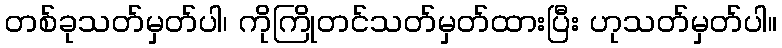
တစ်ခုသတ်မှတ်ပါ၊ ကိုကြိုတင်သတ်မှတ်ထားပြီး ဟုသတ်မှတ်ပါ။